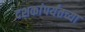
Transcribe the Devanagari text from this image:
दशकांपर्यंतच्या